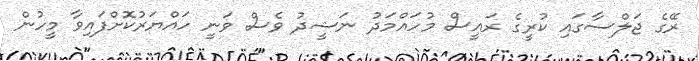
ރޭގެ ޖަލްސާގައި ކުރީގެ ރައީސް މުހައްމަދު ނަޝީދު ވެސް ވަނީ ހައްޔަރުކޮށްފައިވާ މީހުން